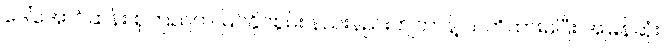
ဒေါ်အောင်ဆန်း စုကြည်က မြင်နိုင်စွမ်း နည်းနည်းကျတာနဲ့ သတိထားမိပြီး အမြန်ဆုံး